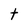
Character: t